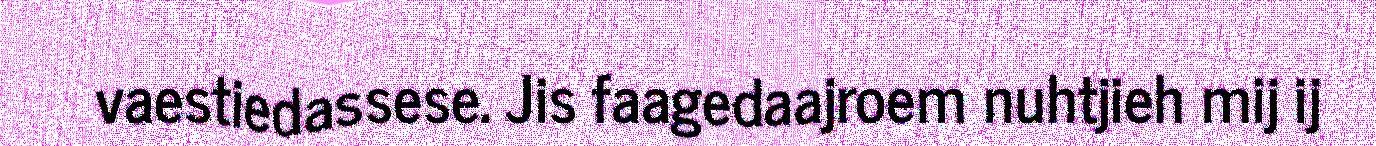
vaestiedassese. Jis faagedaajroem nuhtjieh mij ij